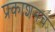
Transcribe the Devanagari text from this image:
प्रकाशनच